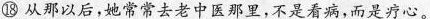
⑱ 从那以后，她常常去老中医那里，不是看病，而是疗心。